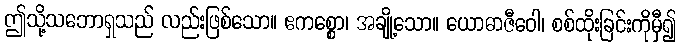
ဤသို့သဘောရှသည် လည်းဖြစ်သော။ ဧကစ္စော၊ အချို့သော။ ယောဓာဇီဝေါ၊ စစ်ထိုးခြင်းကိုမှီ၍